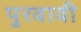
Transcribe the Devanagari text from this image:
पुरवावी